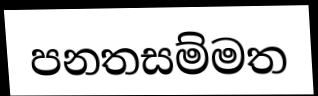
පනතසම්මත